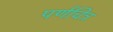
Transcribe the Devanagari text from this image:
पर्णचित्र